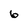
Character: 6